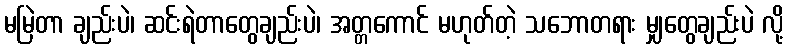
မမြဲတာ ချည်းပဲ၊ ဆင်းရဲတာတွေချည်းပဲ၊ အတ္တကောင် မဟုတ်တဲ့ သဘောတရား မျှတွေချည်းပဲ လို့